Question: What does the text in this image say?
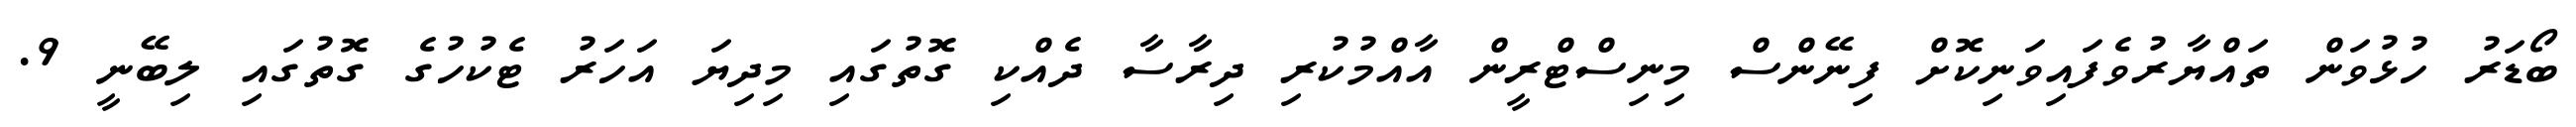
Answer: ބޯޑަރު ހުޅުވަން ތައްޔާރުވެފައިވަނިކޮށް ފިނޭންސް މިނިސްޓްރީން އާއްމުކުރި ދިރާސާ ދެއްކި ގޮތުގައި މިދިޔަ އަހަރު ޓެކުހުގެ ގޮތުގައި ލިބޭނީ 9.